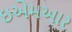
ઇએમઆર